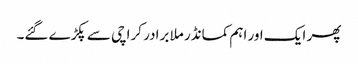
پھر ایک اور اہم کمانڈر ملا برادر کراچی سے پکڑے گئے۔